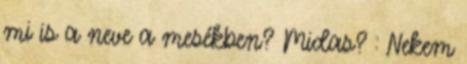
mi is a neve a mesékben? Midas? : Nekem